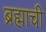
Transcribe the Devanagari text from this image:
ब्रह्माची